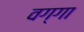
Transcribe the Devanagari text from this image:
वग्गा